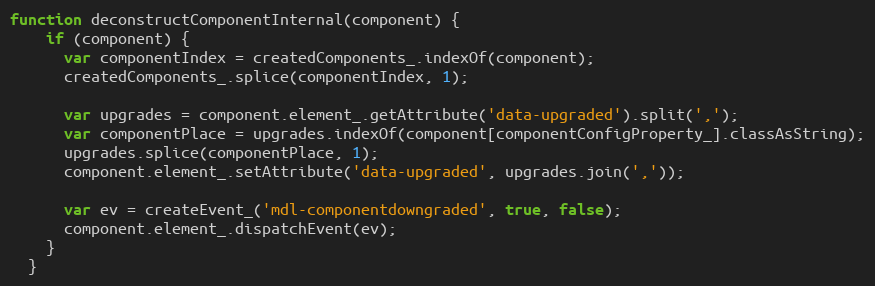
Language: JavaScript
function deconstructComponentInternal(component) {
    if (component) {
      var componentIndex = createdComponents_.indexOf(component);
      createdComponents_.splice(componentIndex, 1);

      var upgrades = component.element_.getAttribute('data-upgraded').split(',');
      var componentPlace = upgrades.indexOf(component[componentConfigProperty_].classAsString);
      upgrades.splice(componentPlace, 1);
      component.element_.setAttribute('data-upgraded', upgrades.join(','));

      var ev = createEvent_('mdl-componentdowngraded', true, false);
      component.element_.dispatchEvent(ev);
    }
  }